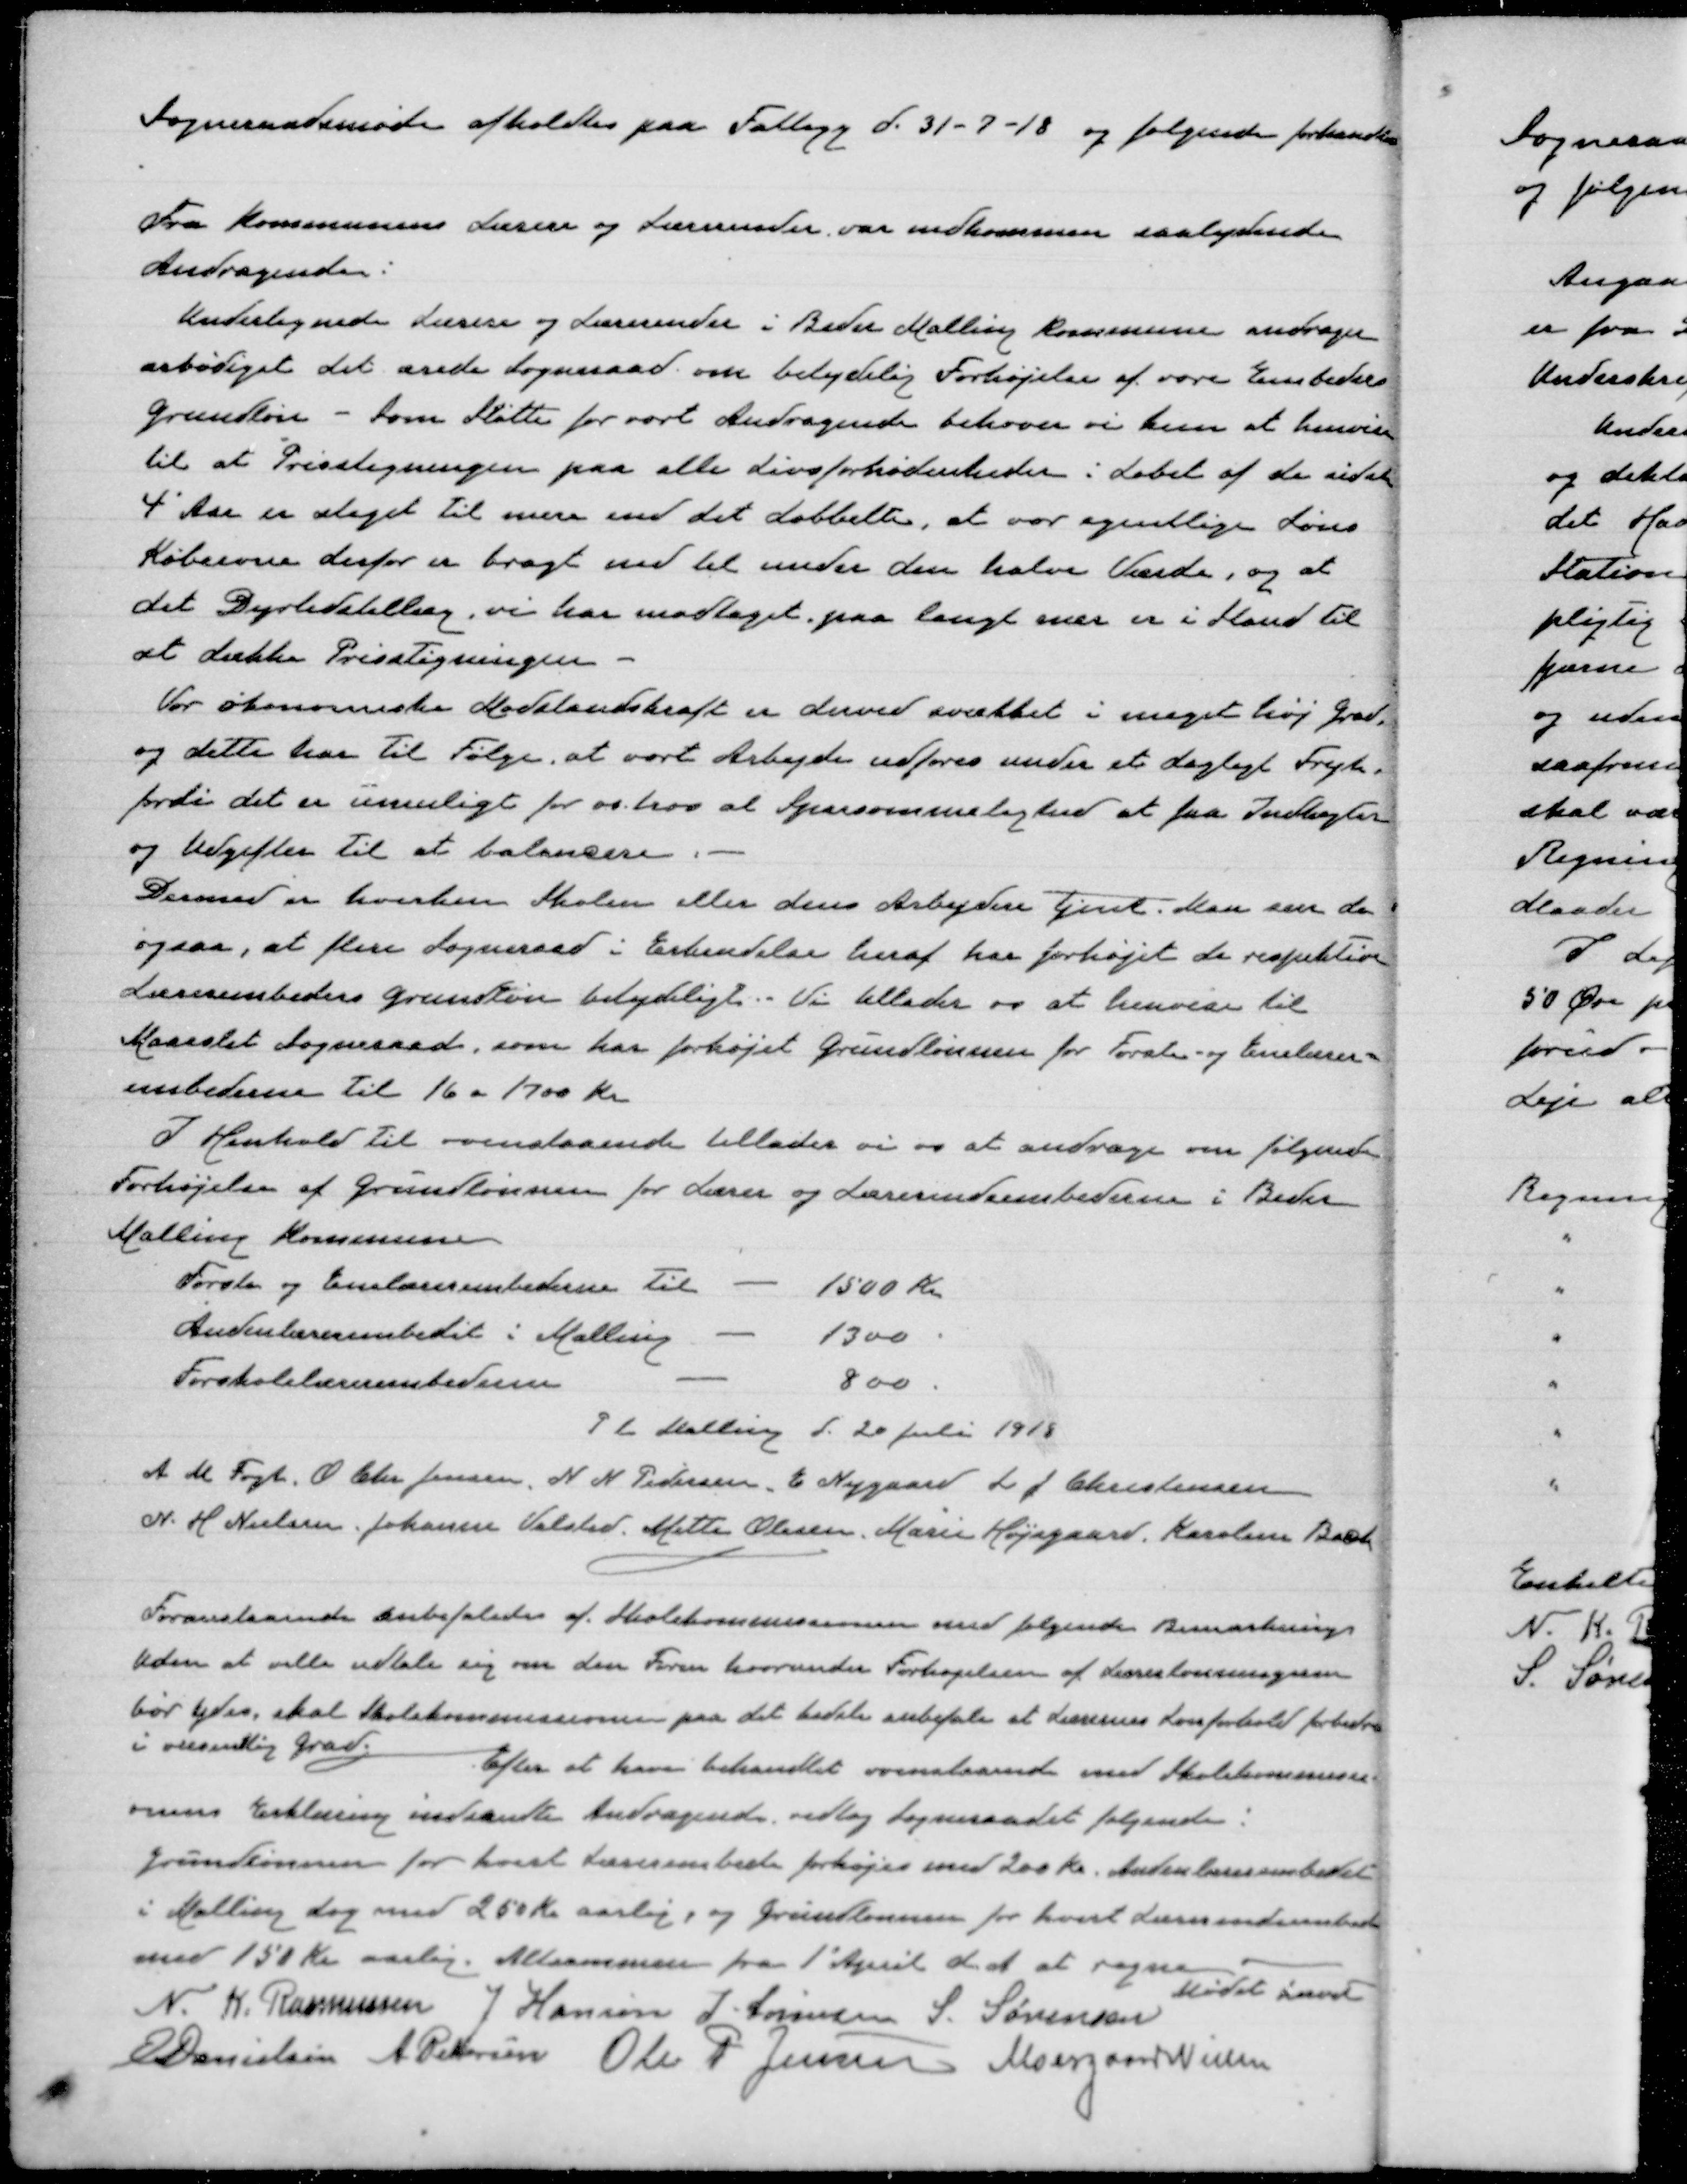
Transskription:
Sogneraadsmøde afholdtes paa Fattigg d. 31-7-18 og følgende forhandles

Fra kommunens Lærere og Lærerinder var nedkommen saalydende
Andragende:
Undertegnede Lærere og Lærerinder i Beder Malling kommune andrager
ærbødigst det ærede Sogneraad om betydelig Forhøjelse af vore Embeders
Grundløn - Som Støtte for vort Andragende behøver vi kun at henvise
til at Prisstigningen paa alle Livsfornødenheder i Løbet af de sidste
4 Aar er steget til mere end det dobbelte, at vor egentlige Løns
Købeevne derfor er bragt ned til under den halve Værdi, og at
det Dyrtidstillæg, vi har modtaget, paa langt nær er i stand til
at dække Prisstigningen
Vor økonomiske Modstandskraft er derved svækket i meget høj Grad,
og dette har til Følge, at vort Arbejde udføres under et dagligt Tryk,
fordi det er umuligt for os tros al sparsommelighed at faa Indtægter
og Udgifter til at balancere.
Dermed er hverken Skolen eller dens Arbejdere tjent. Man seer da
ogsaa, at flere sogneraad i Erkendelse heraf har forhøjet de respektive
Lærerembeders grundløn betydeligt. Vi tillader os at henvise til
Maarslet sogneraad, som har forhøjet grundlønnen for Første- og Enelærer-
embederne til 16 a 1700 Kr
I Henhold til ovenstaaende tillader vi os at andrage om følgende
Forhøjelse af grundlønnen for Lærer og Lærerindeembederne i Beder
Malling Kommune
Første- og enelærerembederne til - 1500 Kr
Andenlærerembedet i Malling - 1300 -
Forskolelærerembederne - 800 -
P L Malling d. 20 juli 1918
A M Fogh, O Chr Jensen, N N Pedersen, E Nygaard L J Christensen
N. H Nielsen, Johanne Valsted, Mette Olesen, Marie Højsgaard, Karoline Bach
Foranstaaende anbefaledes af Skolekommissionen med følgende Bemærkninger
uden at ville udtale sig om den Form hvorunder Forhøjelsen af Lærerlønningerne
bør ydes, skal skolekommissionen paa det bedste anbefale at Lærernes Lønforhold forbedres
i væsentlig grad.
Efter at have behandlet ovenstaaende med Skolekommissi-
onens Erklæring indsendte Andragende vedtog sogneraadet følgende:
Grundlønnen for hvert Lærerembede forhøjes med 200 kr. Andenlærerembedet
i Malling dog med 250 kr. aarlig, og grundlønnen for hvert Lærerindeembede
med 150 kr aarlig. Allesammen fra 1' April d A at regne
Mødet hævet
N. K. Rasmussen
J Hansen
J. Sørensen
S. Sørensen
E Danielsen
A. Petersen
Ole P. Jensen
Moesgaard Nielsen